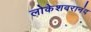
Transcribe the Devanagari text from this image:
लोकेशवरानंद